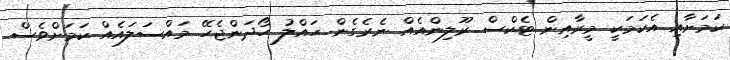
ކަމަށާއި އެކަމަކީ މީރާއިން ޓެކްސް ރޫލިންއެއް ނެރެގެން ހައްލު ހޯދަންޖެހޭ މައްސަލައެއް ކަމަށްވެސް